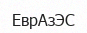
ЕврАзЭС